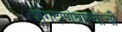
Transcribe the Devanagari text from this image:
शेंगदाणेवाल्याची